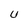
Character: U